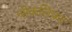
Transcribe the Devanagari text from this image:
चोकलिफ़्ट